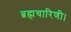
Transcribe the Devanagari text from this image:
ब्रह्मचारिणी।